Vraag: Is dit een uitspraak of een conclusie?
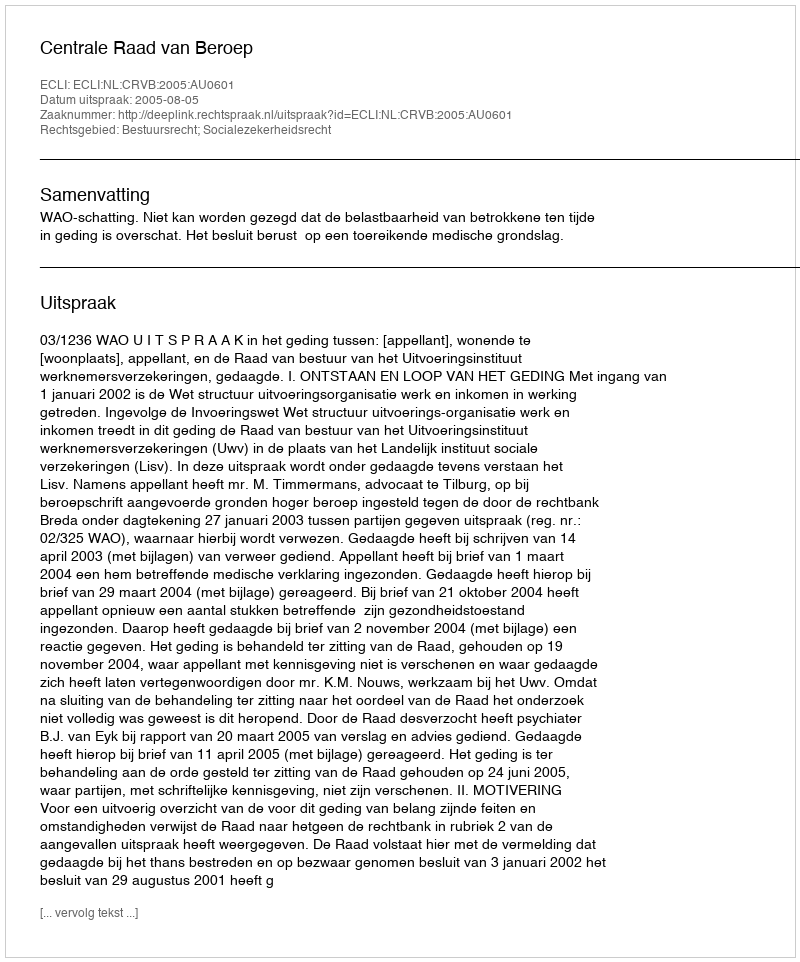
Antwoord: Uitspraak